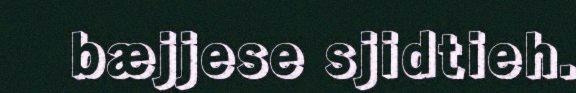
bæjjese sjidtieh.